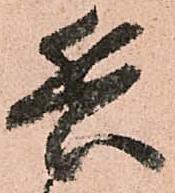
兵